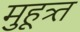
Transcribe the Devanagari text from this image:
मुहूत्र्त